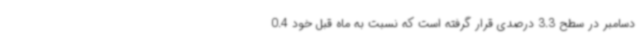
دسامبر در سطح 3.3 درصدی قرار گرفته است که نسبت به ماه قبل خود 0.4